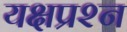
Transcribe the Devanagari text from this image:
यक्षप्रश्न